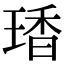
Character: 𤧘